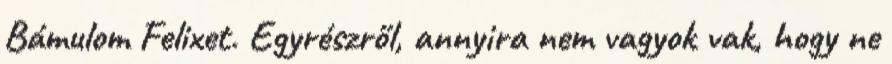
Bámulom Felixet. Egyrészről, annyira nem vagyok vak, hogy ne